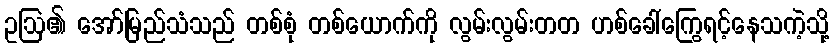
ဥဩ၏ အော်မြည်သံသည် တစ်စုံ တစ်ယောက်ကို လွမ်းလွမ်းတတ ဟစ်ခေါ်ကြွေရင့်နေသကဲ့သို့